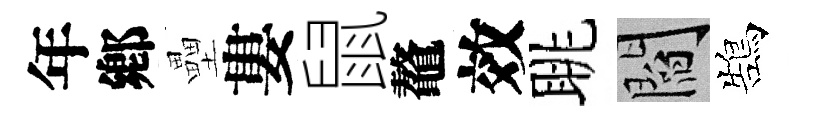
年鄕壘婁鼠鼇效眺閻鵠